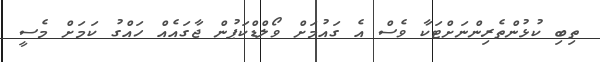
ތިބި ކުޅުންތެރިންނަށްޓަކާ ވެސް އެ ގައުމަށް ވޯލްޑްކަޕުން ޖާގައެއް ހައްގު ކަމަށް މެސީ